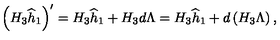
\left( H _ { 3 } \widehat h _ { 1 } \right) ^ { \prime } = H _ { 3 } \widehat h _ { 1 } + H _ { 3 } d \Lambda = H _ { 3 } \widehat h _ { 1 } + d \left( H _ { 3 } \Lambda \right) ,